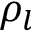
\rho _ { l }